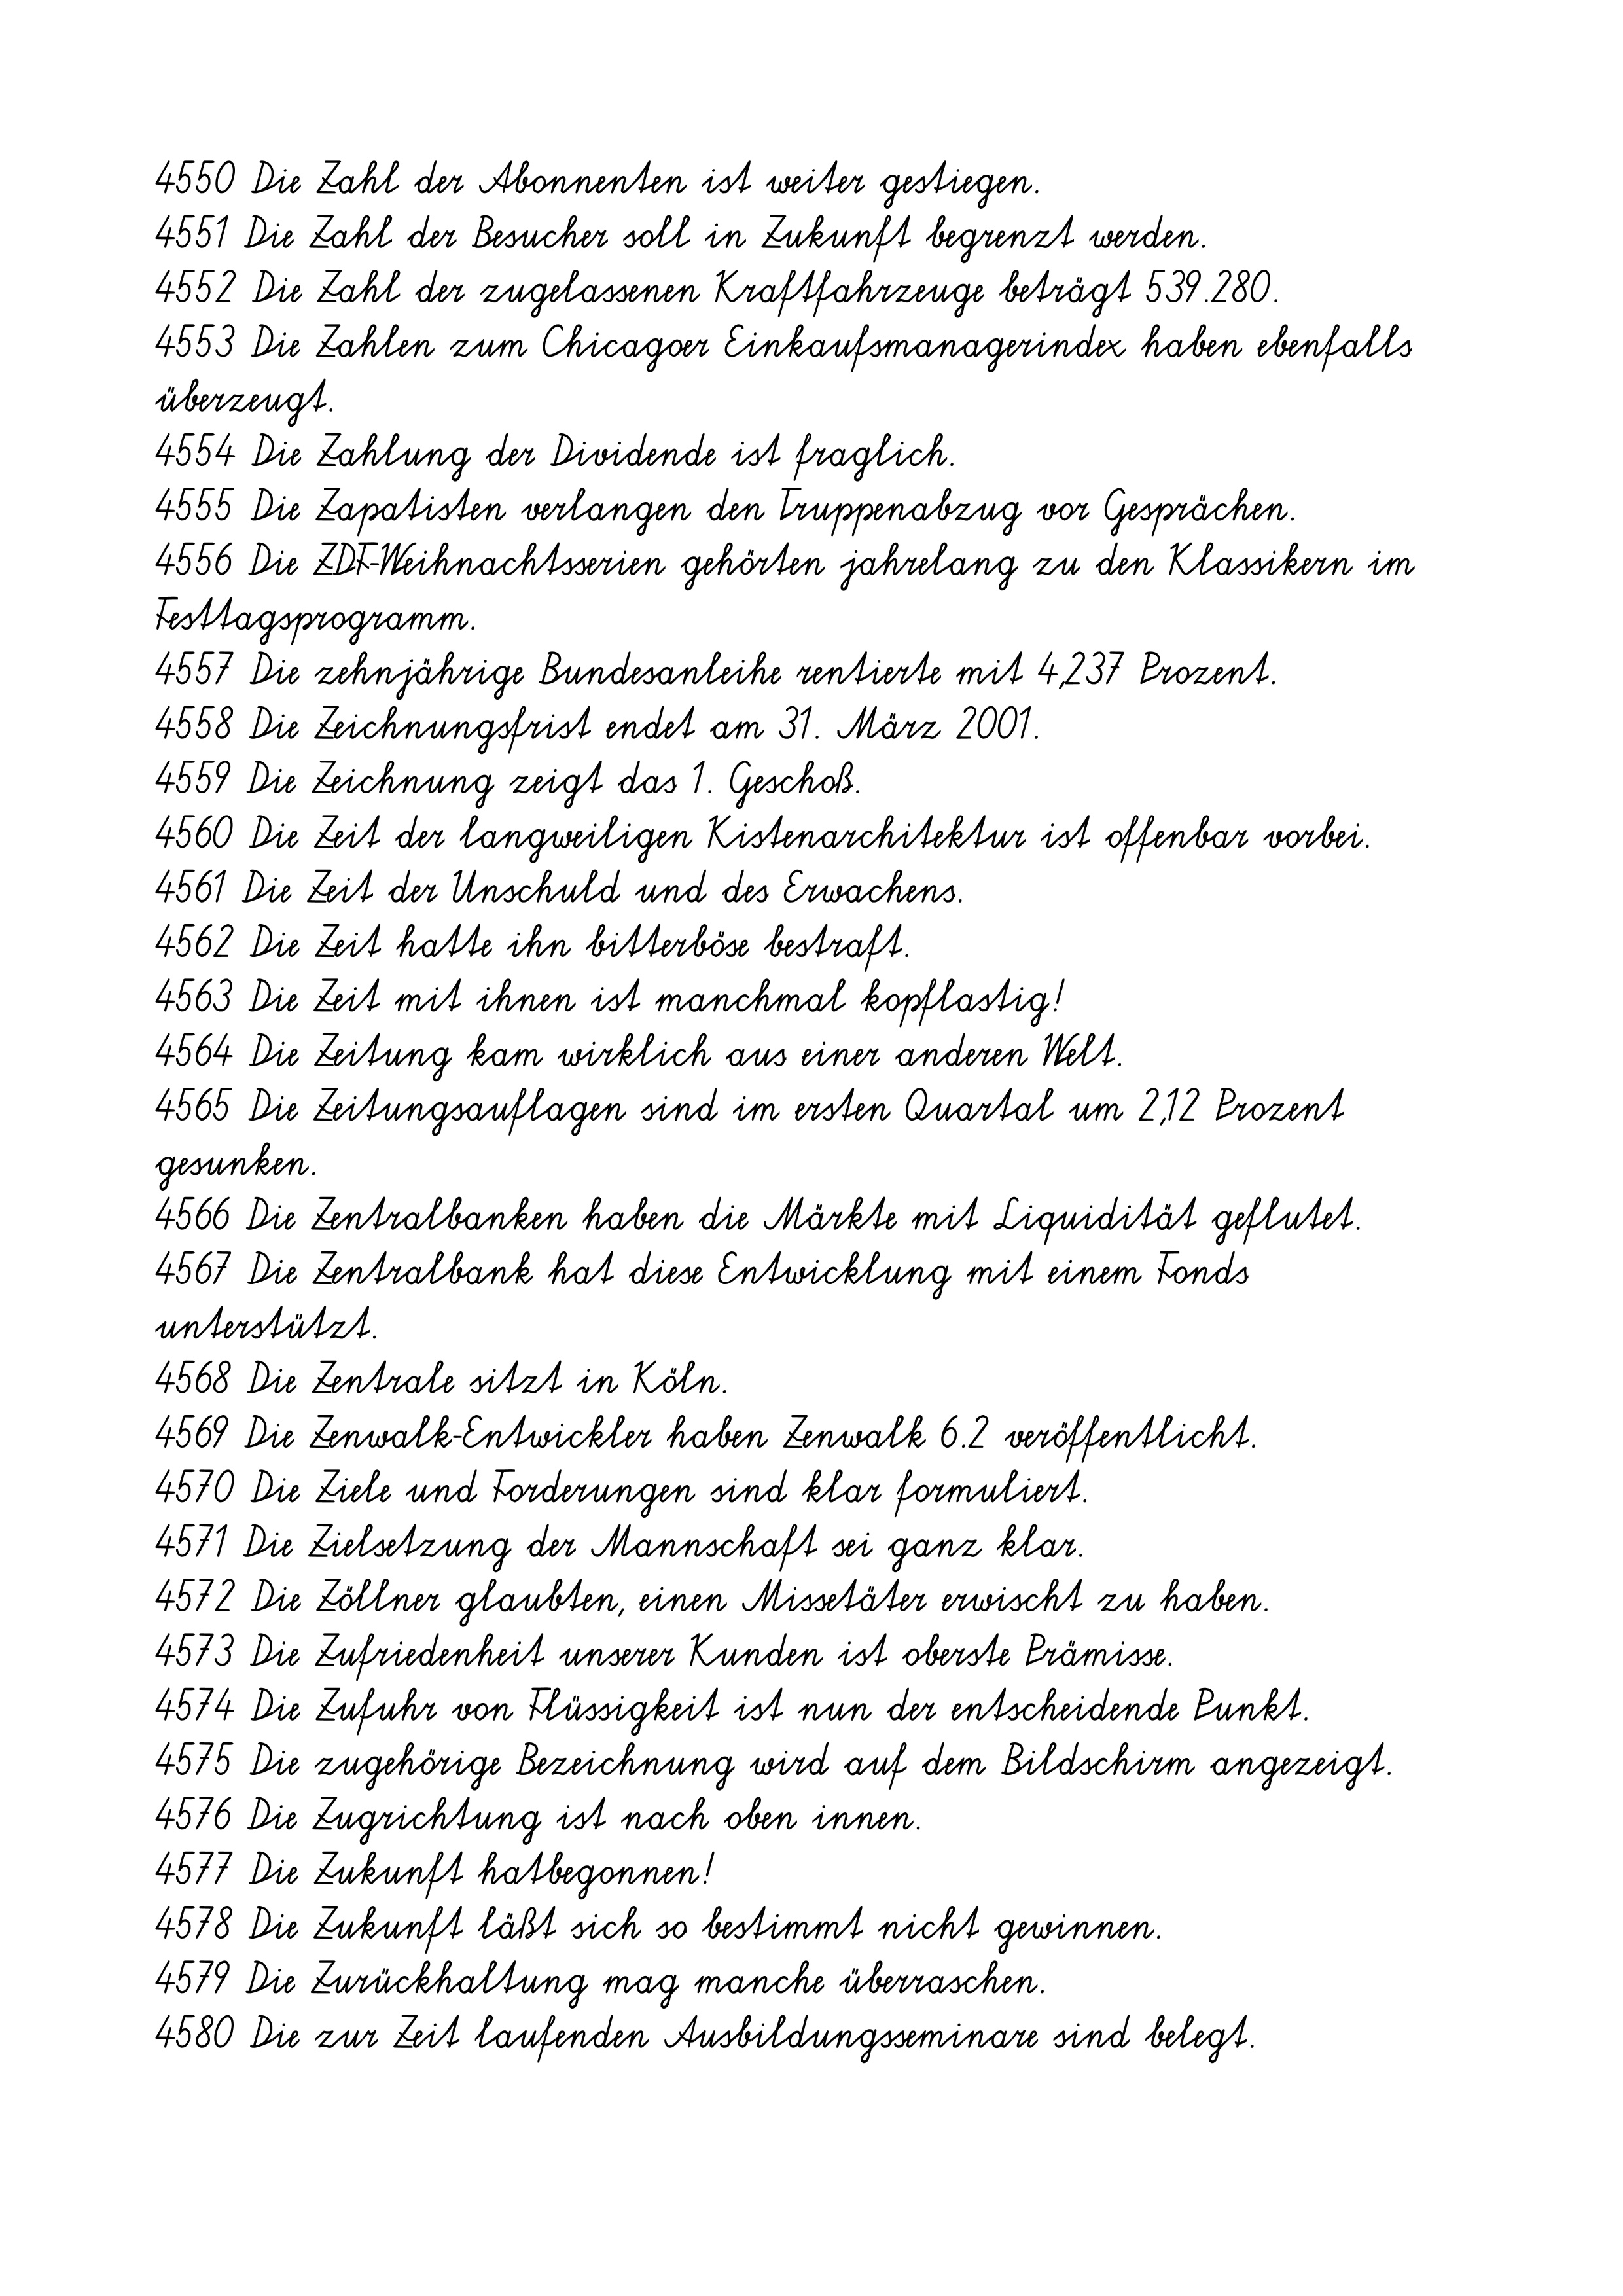
4550 Die Zahl der Abonnenten ist weiter gestiegen.
4551 Die Zahl der Besucher soll in Zukunft begrenzt werden.
4552 Die Zahl der zugelassenen Kraftfahrzeuge beträgt 539.280.
4553 Die Zahlen zum Chicagoer Einkaufsmanagerindex haben ebenfalls
überzeugt.
4554 Die Zahlung der Dividende ist fraglich.
4555 Die Zapatisten verlangen den Truppenabzug vor Gesprächen.
4556 Die ZDF-Weihnachtsserien gehörten jahrelang zu den Klassikern im
Festtagsprogramm.
4557 Die zehnjährige Bundesanleihe rentierte mit 4,237 Prozent.
4558 Die Zeichnungsfrist endet am 31. März 2001.
4559 Die Zeichnung zeigt das 1. Geschoß.
4560 Die Zeit der langweiligen Kistenarchitektur ist offenbar vorbei.
4561 Die Zeit der Unschuld und des Erwachens.
4562 Die Zeit hatte ihn bitterböse bestraft.
4563 Die Zeit mit ihnen ist manchmal kopflastig!
4564 Die Zeitung kam wirklich aus einer anderen Welt.
4565 Die Zeitungsauflagen sind im ersten Quartal um 2,12 Prozent
gesunken.
4566 Die Zentralbanken haben die Märkte mit Liquidität geflutet.
4567 Die Zentralbank hat diese Entwicklung mit einem Fonds
unterstützt.
4568 Die Zentrale sitzt in Köln.
4569 Die Zenwalk-Entwickler haben Zenwalk 6.2 veröffentlicht.
4570 Die Ziele und Forderungen sind klar formuliert.
4571 Die Zielsetzung der Mannschaft sei ganz klar.
4572 Die Zöllner glaubten, einen Missetäter erwischt zu haben.
4573 Die Zufriedenheit unserer Kunden ist oberste Prämisse.
4574 Die Zufuhr von Flüssigkeit ist nun der entscheidende Punkt.
4575 Die zugehörige Bezeichnung wird auf dem Bildschirm angezeigt.
4576 Die Zugrichtung ist nach oben innen.
4577 Die Zukunft hatbegonnen!
4578 Die Zukunft läßt sich so bestimmt nicht gewinnen.
4579 Die Zurückhaltung mag manche überraschen.
4580 Die zur Zeit laufenden Ausbildungsseminare sind belegt.